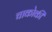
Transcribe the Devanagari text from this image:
चाकोकी